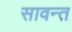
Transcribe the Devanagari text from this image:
सावन्‍त